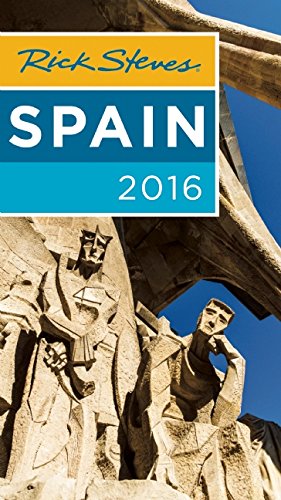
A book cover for Rick Steves Spain 2016; Rick Steves; Travel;